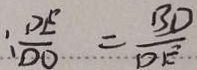
: \frac { D E } { D O } = \frac { B D } { D E }